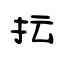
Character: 抎